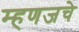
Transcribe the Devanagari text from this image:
म्हणजचे